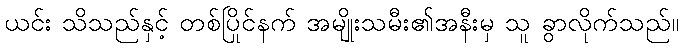
ယင်း သိသည်နှင့် တစ်ပြိုင်နက် အမျိုးသမီး၏အနီးမှ သူ ခွာလိုက်သည်။